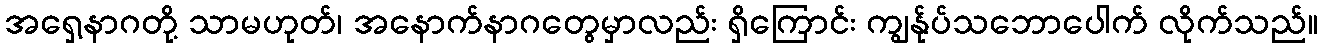
အရှေ့နာဂတို့ သာမဟုတ်၊ အနောက်နာဂတွေမှာလည်း ရှိကြောင်း ကျွန်ုပ်သဘောပေါက် လိုက်သည်။